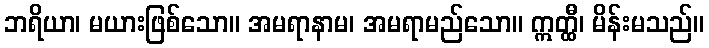
ဘရိယာ၊ မယားဖြစ်သော။ အမရာနာမ၊ အမရာမည်သော။ ဣတ္ထီ၊ မိန်းမသည်။